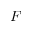
F